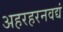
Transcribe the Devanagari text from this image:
अहरहरनवद्यं